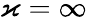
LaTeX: \varkappa=\infty